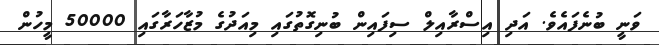
ވަނީ ބުނެފައެވެ. އަދި އިސްރާއިލް ސިފައިން ބުނިގޮތުގައި މިއަދުގެ މުޒާހަރާގައި 50000 މީހުން